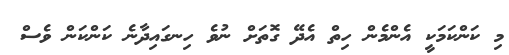
މި ކަންކަމަކީ އެންމެން ހިތް އެދޭ ގޮތަށް ނުވެ ހިނގައިދާނެ ކަންކަން ވެސް